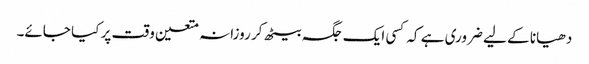
دھیانا کے لیے ضروری ہے کہ کسی ایک جگہ بیٹھ کر روزانہ متعین وقت پر کیا جائے۔